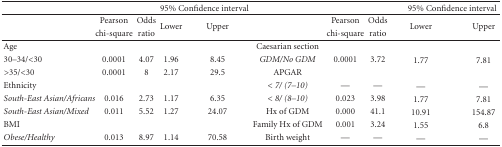
<table><thead><tr><td></td><td></td><td></td><td colspan="2"><b>95% Confidence interval</b></td><td></td><td></td><td></td><td colspan="2"><b>95% Confidence interval</b></td></tr></thead><tbody><tr><td></td><td>Pearson</td><td>Odds</td><td rowspan="2">Lower</td><td rowspan="2">Upper</td><td></td><td>Pearson</td><td>Odds</td><td rowspan="2">Lower</td><td rowspan="2">Upper</td></tr><tr><td></td><td>chi-square</td><td>ratio</td><td></td><td>chi-square</td><td>ratio</td></tr><tr><td>Age</td><td></td><td></td><td></td><td></td><td>Caesarian section</td><td></td><td></td><td></td><td></td></tr><tr><td>30–34/&lt;30</td><td>0.0001 </td><td>4.07 </td><td>1.96 </td><td>8.45 </td><td><i>GDM/No GDM </i></td><td>0.0001 </td><td>3.72 </td><td>1.77 </td><td>7.81</td></tr><tr><td> &gt;35/&lt;30 </td><td>0.0001 </td><td>8 </td><td>2.17 </td><td>29.5 </td><td>APGAR</td><td></td><td></td><td></td><td></td></tr><tr><td>Ethnicity </td><td></td><td></td><td></td><td></td><td> &lt; <i>7/ (7–10) </i></td><td>—</td><td>—</td><td>—</td><td>—</td></tr><tr><td><i>South-East Asian/Africans</i></td><td>0.016</td><td>2.73 </td><td>1.17 </td><td>6.35 </td><td> &lt; <i>8/ (8–10) </i></td><td>0.023 </td><td>3.98 </td><td>1.77 </td><td>7.81</td></tr><tr><td><i>South-East Asian/Mixed </i></td><td>0.011 </td><td>5.52 </td><td>1.27 </td><td>24.07</td><td>Hx of GDM </td><td>0.000 </td><td>41.1 </td><td>10.91 </td><td>154.87</td></tr><tr><td>BMI</td><td></td><td></td><td></td><td></td><td>Family Hx of GDM </td><td>0.001 </td><td>3.24 </td><td>1.55 </td><td>6.8</td></tr><tr><td><i>Obese/Healthy </i></td><td>0.013 </td><td>8.97 </td><td>1.14 </td><td>70.58 </td><td>Birth weight </td><td>—</td><td>—</td><td>—</td><td>—</td></tr></tbody></table>